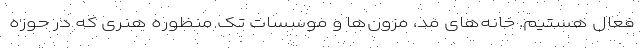
فعال هستیم. خانه‌های مد، مزون‌ها و موسسات تک منظوره هنری که در حوزه